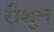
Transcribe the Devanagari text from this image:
रीशूल